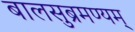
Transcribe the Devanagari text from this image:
बालसुब्रमण्यम्